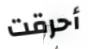
أحرقت